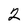
Character: 2